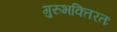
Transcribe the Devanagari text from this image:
गुरुभक्तिरतः